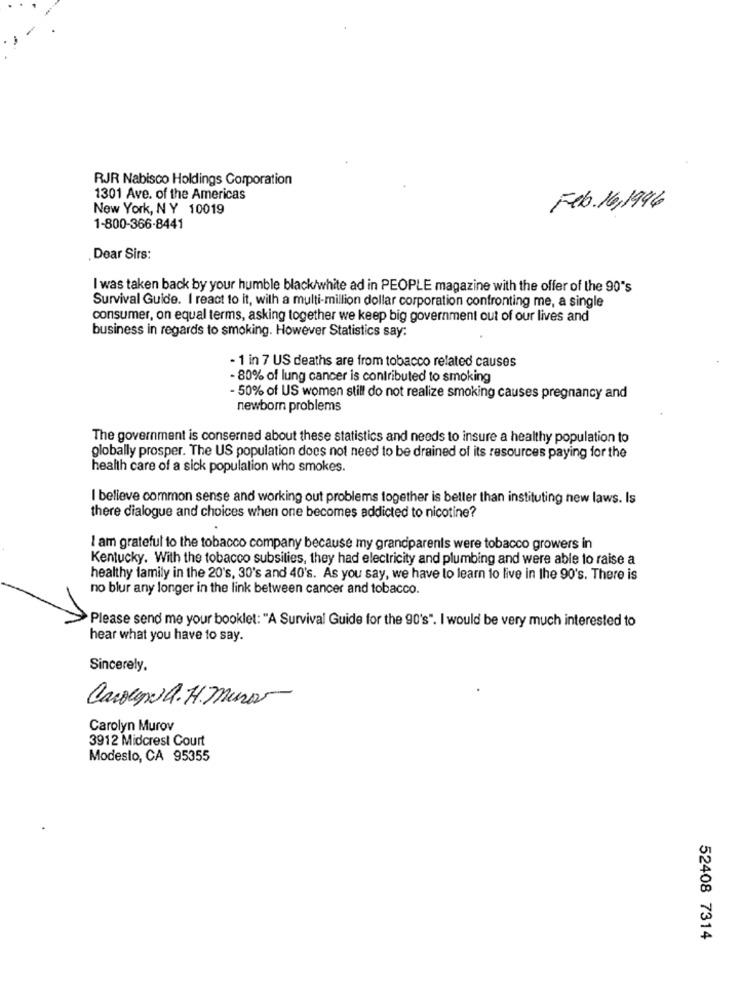
RJR Nabisco Holdings Corporation
1301 Ave. of the Americas
New York, NY 10019
Feb. 16,1996
1-800-366-8441
Dear Sirs:
I was taken back by your humble black/white ad in PEOPLE magazine with the offer of the 90's
Survival Guide. I react to it, with a multi-million dollar corporation confronting me, a single
consumer, on equal terms, asking together we keep big government out of our lives and
business in regards to smoking. However Statistics say:
- 1 in 7 US deaths are from tobacco related causes
- 80% of lung cancer is contributed to smoking
- 50% of US women still do not realize smoking causes pregnancy and
newborn problems
The government is conserned about these statistics and needs to insure a healthy population to
globally prosper. The US population does not need to be drained of its resources paying for the
health care of a sick population who smokes.
I believe common sense and working out problems together is better than instituting new laws. Is
there dialogue and choices when one becomes addicted to nicotine?
I am grateful to the tobacco company because my grandparents were tobacco growers in
Kentucky. With the tobacco subsities, they had electricity and plumbing and were able to raise a
healthy family in the 20's, 30's and 40's. As you say, we have to learn to live in the 90's. There is
no blur any longer in the link between cancer and tobacco.
Please send me your booklet: "A Survival Guide for the 90's". I would be very much interested to
hear what you have to say.
Sincerely.
Caroune A. H. Muro
Carolyn Murov
3912 Midcrest Court
Modesto, CA 95355
52408 7314